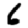
Digit: 6